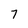
Character: 7